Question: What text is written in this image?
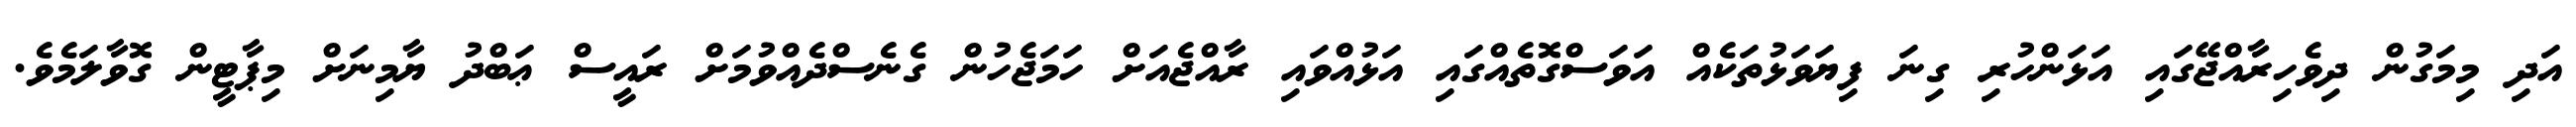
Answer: އަދި މިމަގުން ދިވެހިރާއްޖޭގައި އަޅަންހުރި ގިނަ ފިޔަވަޅުތަކެއް އަވަސްގޮތެއްގައި އަޅުއްވައި ރާއްޖެއަށް ހަމަޖެހުން ގެނެސްދެއްވުމަށް ރައީސް ޢަބްދު ޔާމިނަށް މިޕާޓީން ގޮވާލަމެވެ.